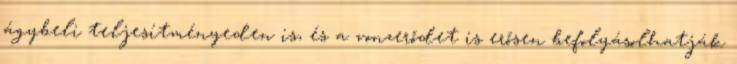
ágybeli teljesítményeden is, és a vonzerődet is erősen befolyásolhatják